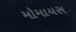
મોમાયસ